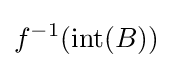
f^{-1}(\operatorname {int} (B))